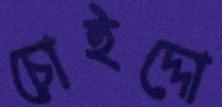
চোইদ্দো